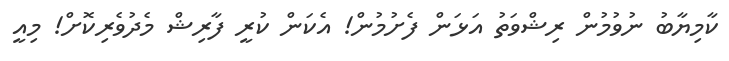
ކާމިޔާބު ނުވުމުން ރިޝްވަތު އަޅަން ފެށުމުން! އެކަން ކުރީ ފާރިޝް މެދުވެރިކޮށް! މިއީ